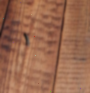
١